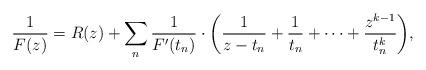
LaTeX: \begin{align*}\frac{1}{F(z)} = R(z) + \sum_n\frac{1}{F'(t_n)} \cdot \bigg(\frac{1}{z-t_n} +\frac{1}{t_n}+\cdots + \frac{z^{k-1}}{t_n^k} \bigg), \end{align*}